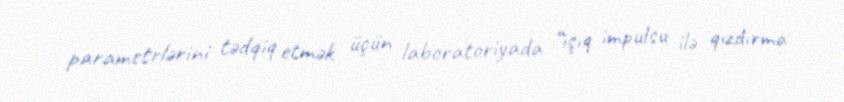
parametrlərini tədqiq etmək üçün laboratoriyada “işıq impulsu ilə qızdırma